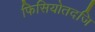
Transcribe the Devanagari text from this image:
फिसियोतदजि